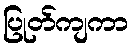
ပြုတ်ကျကာ